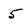
Character: 5